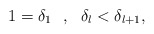
\begin{align*}1 = \delta_{1} \ \ , \ \ \delta_{l} < \delta_{l+1}, \end{align*}